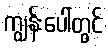
ကျွန်းပေါ်တွင်